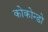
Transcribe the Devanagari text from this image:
कोकोन्डो